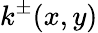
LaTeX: k^{\pm}(x,y)